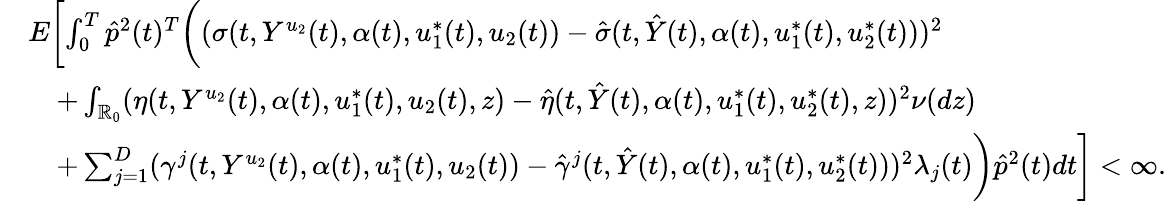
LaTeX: \begin{array}{rl}&{E\biggl[\int_{0}^{T}\hat{p}^{2}(t)^{T}\biggl((\sigma(t,Y^{u_{2}}(t),\alpha(t),u_{1}^{*}(t),u_{2}(t))-\hat{\sigma}(t,\hat{Y}(t),\alpha(t),u_{1}^{*}(t),u_{2}^{*}(t)))^{2}}\\ &{\quad+\int_{\mathbb{R}_{0}}(\eta(t,Y^{u_{2}}(t),\alpha(t),u_{1}^{*}(t),u_{2}(t),z)-\hat{\eta}(t,\hat{Y}(t),\alpha(t),u_{1}^{*}(t),u_{2}^{*}(t),z))^{2}\nu(dz)}\\ &{\quad+\sum_{j=1}^{D}(\gamma^{j}(t,Y^{u_{2}}(t),\alpha(t),u_{1}^{*}(t),u_{2}(t))-\hat{\gamma}^{j}(t,\hat{Y}(t),\alpha(t),u_{1}^{*}(t),u_{2}^{*}(t)))^{2}\lambda_{j}(t)\biggr)\hat{p}^{2}(t)dt\biggr]<\infty.}\end{array}